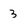
Character: 3